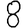
Digit: 8